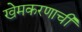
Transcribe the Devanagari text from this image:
खेमकरणाची